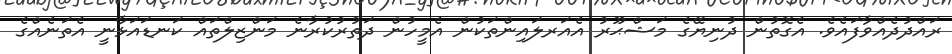
ރައްދުދެއްވާފައެވެ. އެގޮތުން ދުނިޔޭގެ މަޝްޙޫރު އެއަރލައިންތަކުން އެމީހުން ދަތުރުކުރާނެ މަންޒިލްތައް ކަނޑައަޅާނީ އެތަނެއްގެ